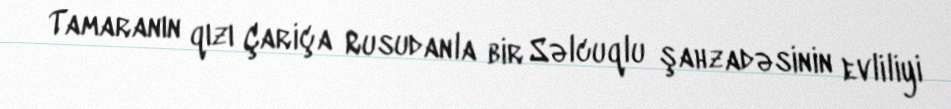
Tamaranın qızı Çariça Rusudanla bir Səlcuqlu şahzadəsinin evliliyi